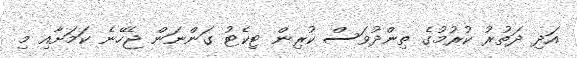
އަދި ދަތުރު ކުރުމުގެ ތިންދުވަަސް ކުރިން ޓިކެޓު ގަންނަން ޖެހޭނެ ކަމަށާއިި މި